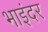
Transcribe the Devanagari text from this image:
भाइंदर